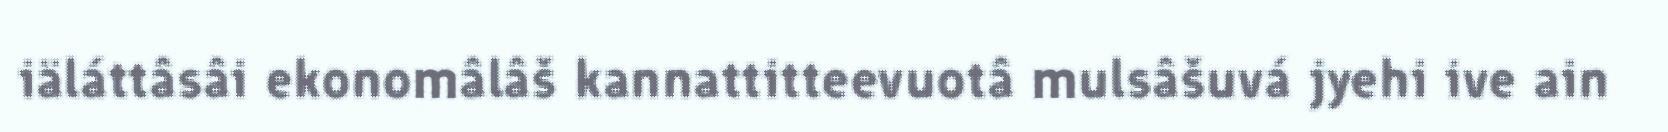
iäláttâsâi ekonomâlâš kannattitteevuotâ mulsâšuvá jyehi ive ain